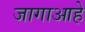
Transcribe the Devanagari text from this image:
जागाआहे